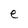
Character: e